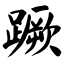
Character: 蹶